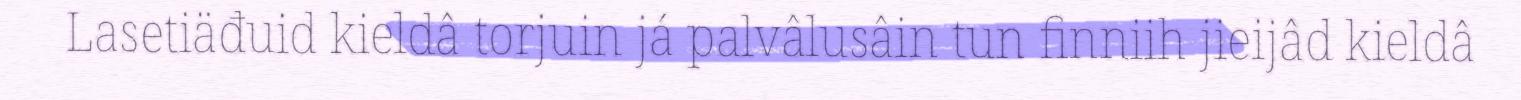
Lasetiäđuid kieldâ torjuin já palvâlusâin tun finniih jieijâd kieldâ